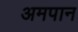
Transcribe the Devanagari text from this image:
अमपान